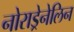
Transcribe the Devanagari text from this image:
नोराड्रेनेलिन